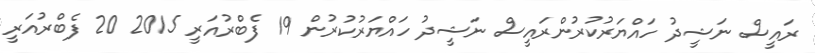
ރައީސް ނަޝީދު ހައްޔަރުކުރުންރައީސް ނަޝީދު ހައްޔަރުކުރުން 19 ފެބްރުއަރީ 2015 20 ފެބްރުއަރީ